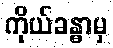
ကိုယ်ခန္ဓာမှ